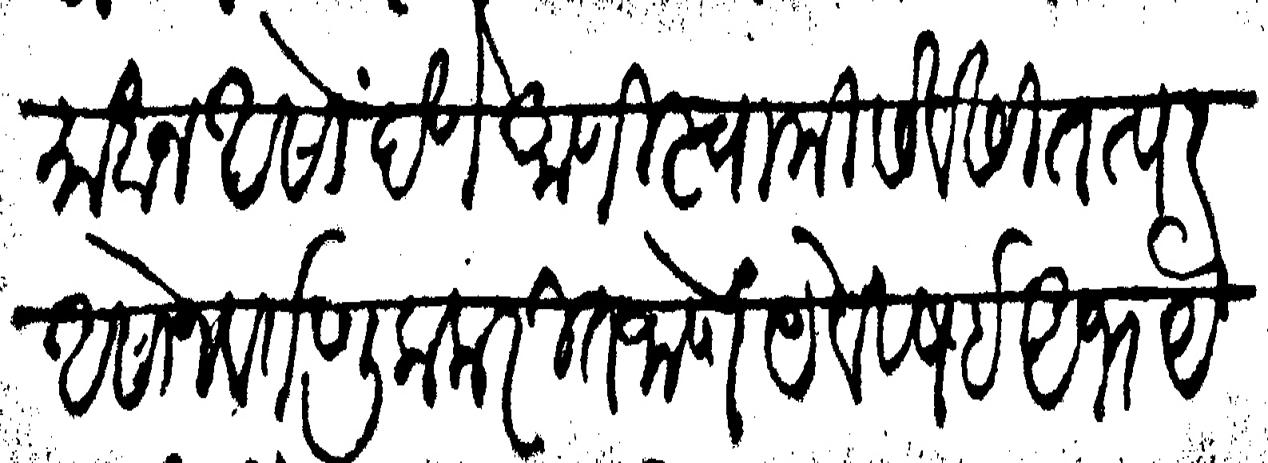
Transliteration (Devanagari): समाधान असों देणे आणि स्वामी सेवेसी तत्पर असोन वर्तणूक करीत जाणें येविषई अभये